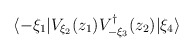
\begin{align*}\langle -\xi_{1} | V_{\xi_{2}}(z_{1}) V_{-\xi_{3}}^{\dagger}(z_{2}) |\xi_{4}\rangle\end{align*}